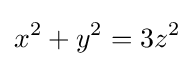
x^{2}+y^{2}=3z^{2}